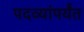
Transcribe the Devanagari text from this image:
पदव्यांपर्यंत